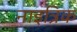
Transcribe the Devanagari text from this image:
नाइत्रिक